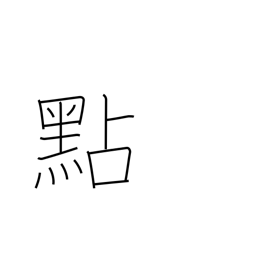
Meaning: decimal pt